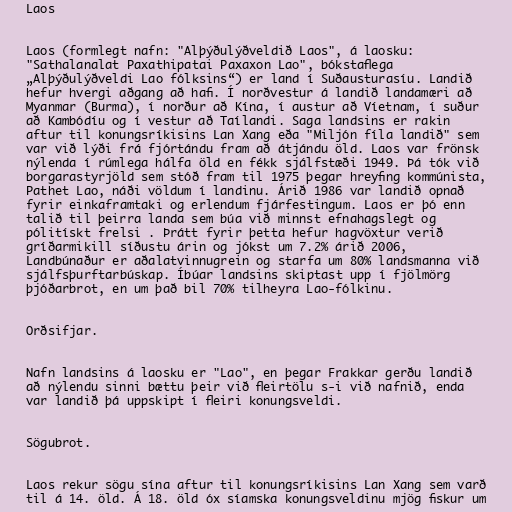
Laos

Laos (formlegt nafn: "Alþýðulýðveldið Laos", á laosku:
"Sathalanalat Paxathipatai Paxaxon Lao", bókstaflega
„Alþýðulýðveldi Lao fólksins“) er land í Suðausturasíu. Landið
hefur hvergi aðgang að hafi. Í norðvestur á landið landamæri að
Myanmar (Burma), í norður að Kína, í austur að Víetnam, í suður
að Kambódíu og í vestur að Taílandi. Saga landsins er rakin
aftur til konungsríkisins Lan Xang eða "Miljón fíla landið" sem
var við lýði frá fjórtándu fram að átjándu öld. Laos var frönsk
nýlenda í rúmlega hálfa öld en fékk sjálfstæði 1949. Þá tók við
borgarastyrjöld sem stóð fram til 1975 þegar hreyfing kommúnista,
Pathet Lao, náði völdum í landinu. Árið 1986 var landið opnað
fyrir einkaframtaki og erlendum fjárfestingum. Laos er þó enn
talið til þeirra landa sem búa við minnst efnahagslegt og
pólitískt frelsi . Þrátt fyrir þetta hefur hagvöxtur verið
gríðarmikill síðustu árin og jókst um 7.2% árið 2006,
Landbúnaður er aðalatvinnugrein og starfa um 80% landsmanna við
sjálfsþurftarbúskap. Íbúar landsins skiptast upp í fjölmörg
þjóðarbrot, en um það bil 70% tilheyra Lao-fólkinu.

Orðsifjar.

Nafn landsins á laosku er "Lao", en þegar Frakkar gerðu landið
að nýlendu sinni bættu þeir við fleirtölu s-i við nafnið, enda
var landið þá uppskipt í fleiri konungsveldi.

Sögubrot.

Laos rekur sögu sína aftur til konungsríkisins Lan Xang sem varð
til á 14. öld. Á 18. öld óx síamska konungsveldinu mjög fiskur um